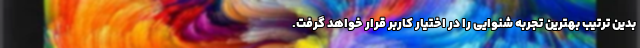
بدین ترتیب بهترین تجربه شنوایی را در اختیار کاربر قرار خواهد گرفت.